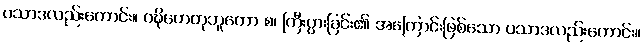
ပသာဒလည်းကောင်း။ ဝဍ္ဎိဟေတုဘူတော စ၊ ကြီးပွားခြင်း၏ အကြောင်းဖြစ်သော ပသာဒလည်းကောင်း။